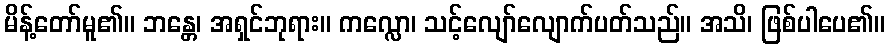
မိန့်တော်မူ၏။ ဘန္တေ၊ အရှင်ဘုရား။ ကလ္လော၊ သင့်လျော်လျောက်ပတ်သည်။ အသိ၊ ဖြစ်ပါပေ၏။